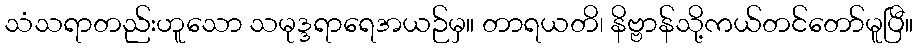
သံသရာတည်းဟူသော သမုဒ္ဒရာရေအယဉ်မှ။ တာရယတိ၊ နိဗ္ဗာန်သို့ကယ်တင်တော်မူပြီ။